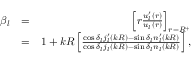
\begin{array} { r l r } { \beta _ { l } } & { = } & { \left[ r \frac { u _ { l } ^ { \prime } ( r ) } { u _ { l } ( r ) } \right] _ { r = R ^ { + } } } \\ & { = } & { 1 + k R \left[ \frac { \cos \delta _ { l } j _ { l } ^ { \prime } ( k R ) - \sin \delta _ { l } n _ { l } ^ { \prime } ( k R ) } { \cos \delta _ { l } j _ { l } ( k R ) - \sin \delta _ { l } n _ { l } ( k R ) } \right] , } \end{array}